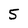
Character: 5